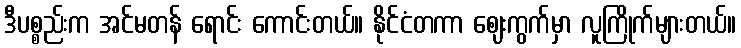
ဒီပစ္စည်းက အင်မတန် ရောင်း ကောင်းတယ်။ နိုင်ငံတကာ ဈေးကွက်မှာ လူကြိုက်များတယ်။